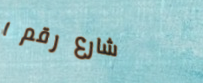
شارع رقم ١